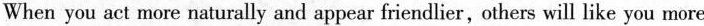
When you act more naturally and appear friendlier, others will like you more